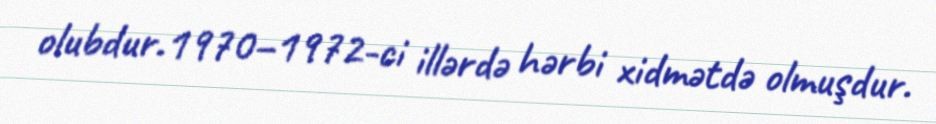
olubdur.1970–1972-ci illərdə hərbi xidmətdə olmuşdur.